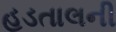
હડતાલની